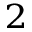
^ 2